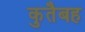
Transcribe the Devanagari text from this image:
कुतैबह